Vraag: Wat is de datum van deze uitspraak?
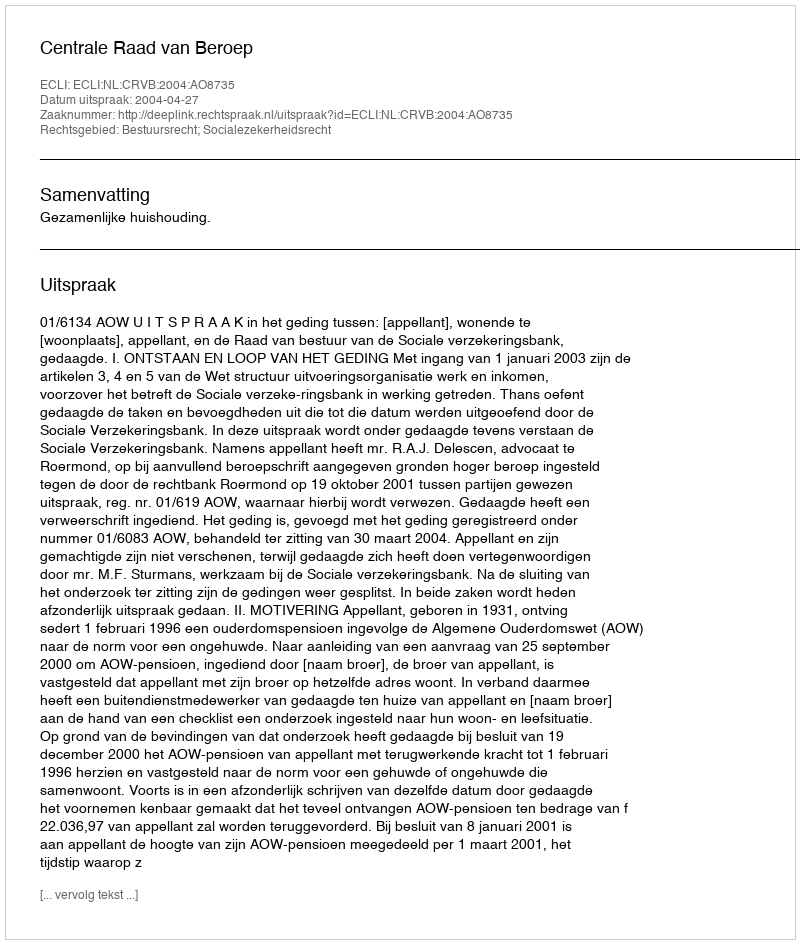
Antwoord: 2004-04-27